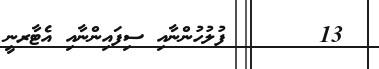
13?      ފުލުހުންނާއި ސިފައިންނާއި އެޓާރނީ